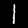
Digit: 1